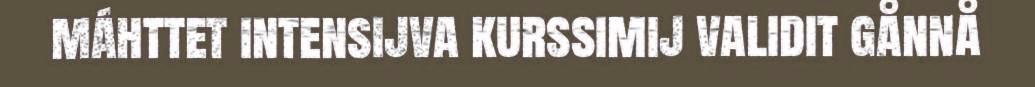
máhttet intensijva kurssimij validit gånnå